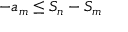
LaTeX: - a _ { m } \leq S _ { n } - S _ { m }